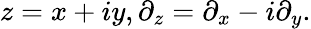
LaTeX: z=x+iy,\partial_{z}=\partial_{x}-i\partial_{y}.